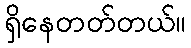
ရှိနေတတ်တယ်။